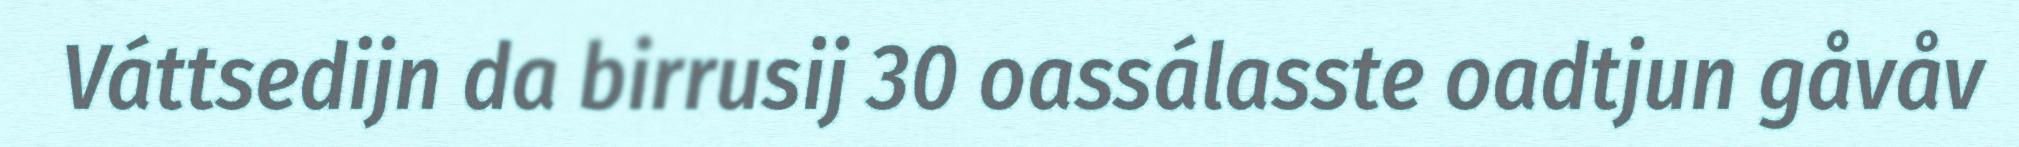
Váttsedijn da birrusij 30 oassálasste oadtjun gåvåv